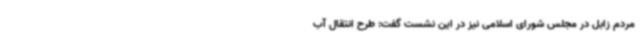
مردم زابل در مجلس شورای اسلامی نیز در این نشست گفت: طرح انتقال آب